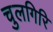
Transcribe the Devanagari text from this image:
चुलगिरि